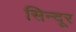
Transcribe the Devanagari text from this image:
सिन्‍दूर